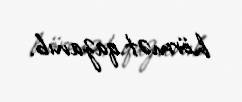
hörmət qazanıb.